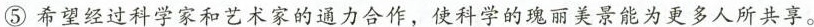
⑤希望经过科学家和艺术家的通力合作，使科学的瑰丽美景能为更多人所共享。